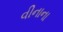
વીનાના